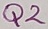
Text: Q2